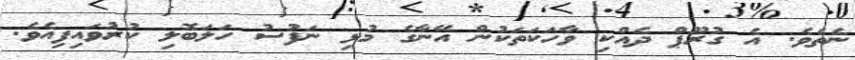
ނެތެވެ. އެ ގުރޫޕް ދެއްކި ވާހަކަތަކުން އޭނާގެ މުޅި ނަފުސު ހަލަބޮލި ކުރުވައިފިއެވެ.